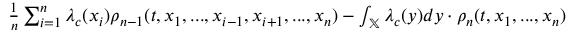
\begin{array} { r } { \frac { 1 } { n } \sum _ { i = 1 } ^ { n } \lambda _ { c } ( x _ { i } ) \rho _ { n - 1 } ( t , x _ { 1 } , . . . , x _ { i - 1 } , x _ { i + 1 } , . . . , x _ { n } ) - \int _ { \mathbb { X } } \lambda _ { c } ( y ) d y \cdot \rho _ { n } ( t , x _ { 1 } , . . . , x _ { n } ) } \end{array}